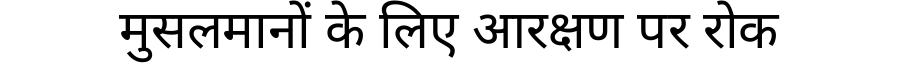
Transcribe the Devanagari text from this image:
मुसलमानों के लिए आरक्षण पर रोक